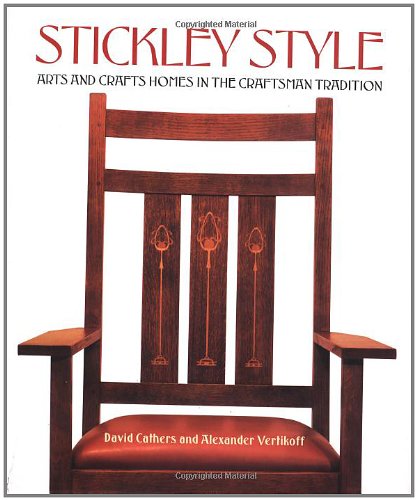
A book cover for Stickley Style: Arts and Crafts Homes in the Craftsman Tradition; David Cathers; Crafts, Hobbies & Home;